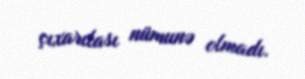
çıxarılası nümunə olmadı.